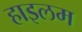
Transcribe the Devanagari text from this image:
हाइलम